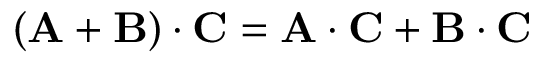
\left( \mathbf { A } + \mathbf { B } \right) \cdot \mathbf { C } = \mathbf { A } \cdot \mathbf { C } + \mathbf { B } \cdot \mathbf { C }